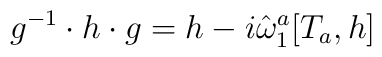
g^{-1} \cdot h \cdot g = h - i \hat \omega_1^a [T_a, h]